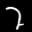
Label: 2